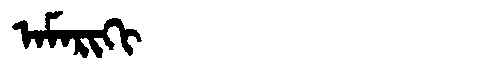
Manchu: ᠠᠮᠠᡵᡳᡴᡳ
Romanization: AMARIKI